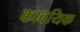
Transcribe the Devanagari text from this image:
कावयिक